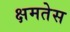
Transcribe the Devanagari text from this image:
क्षमतेस